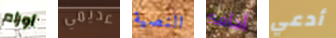
أورام عديمي النصية أخافه أدعي